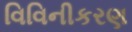
વિવિનીકરણ